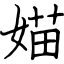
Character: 媌